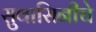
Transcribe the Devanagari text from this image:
सुवासिनीचे